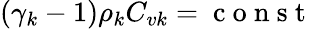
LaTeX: \left(\gamma_{k}-1\right)\rho_{k}C_{vk}=\mathrm{~c~o~n~s~t~}